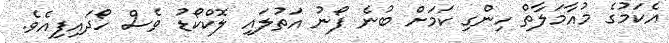
އެކަމުގެ މުއާމަލާތް ހިންގި ކަމަށް ބުނެ ފޯނު އަތުލައި ލޮކްކޯޑު ވެސް ހޯދައިފިއެވެ.